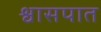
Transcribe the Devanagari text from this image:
श्वासपात